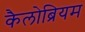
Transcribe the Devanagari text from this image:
कैलोब्रियम